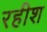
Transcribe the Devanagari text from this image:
रहीश